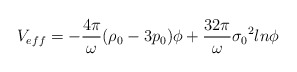
\begin{align*}V_{eff}=-\frac{4{\pi}}{\omega}({\rho}_{0}-3p_{0}){\phi}+\frac{32{\pi}}{\omega}{{\sigma}_{0}}^{2}ln{\phi}\end{align*}